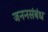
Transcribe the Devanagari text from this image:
जननसंबंध